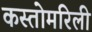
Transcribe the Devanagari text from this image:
कस्तोमरिली